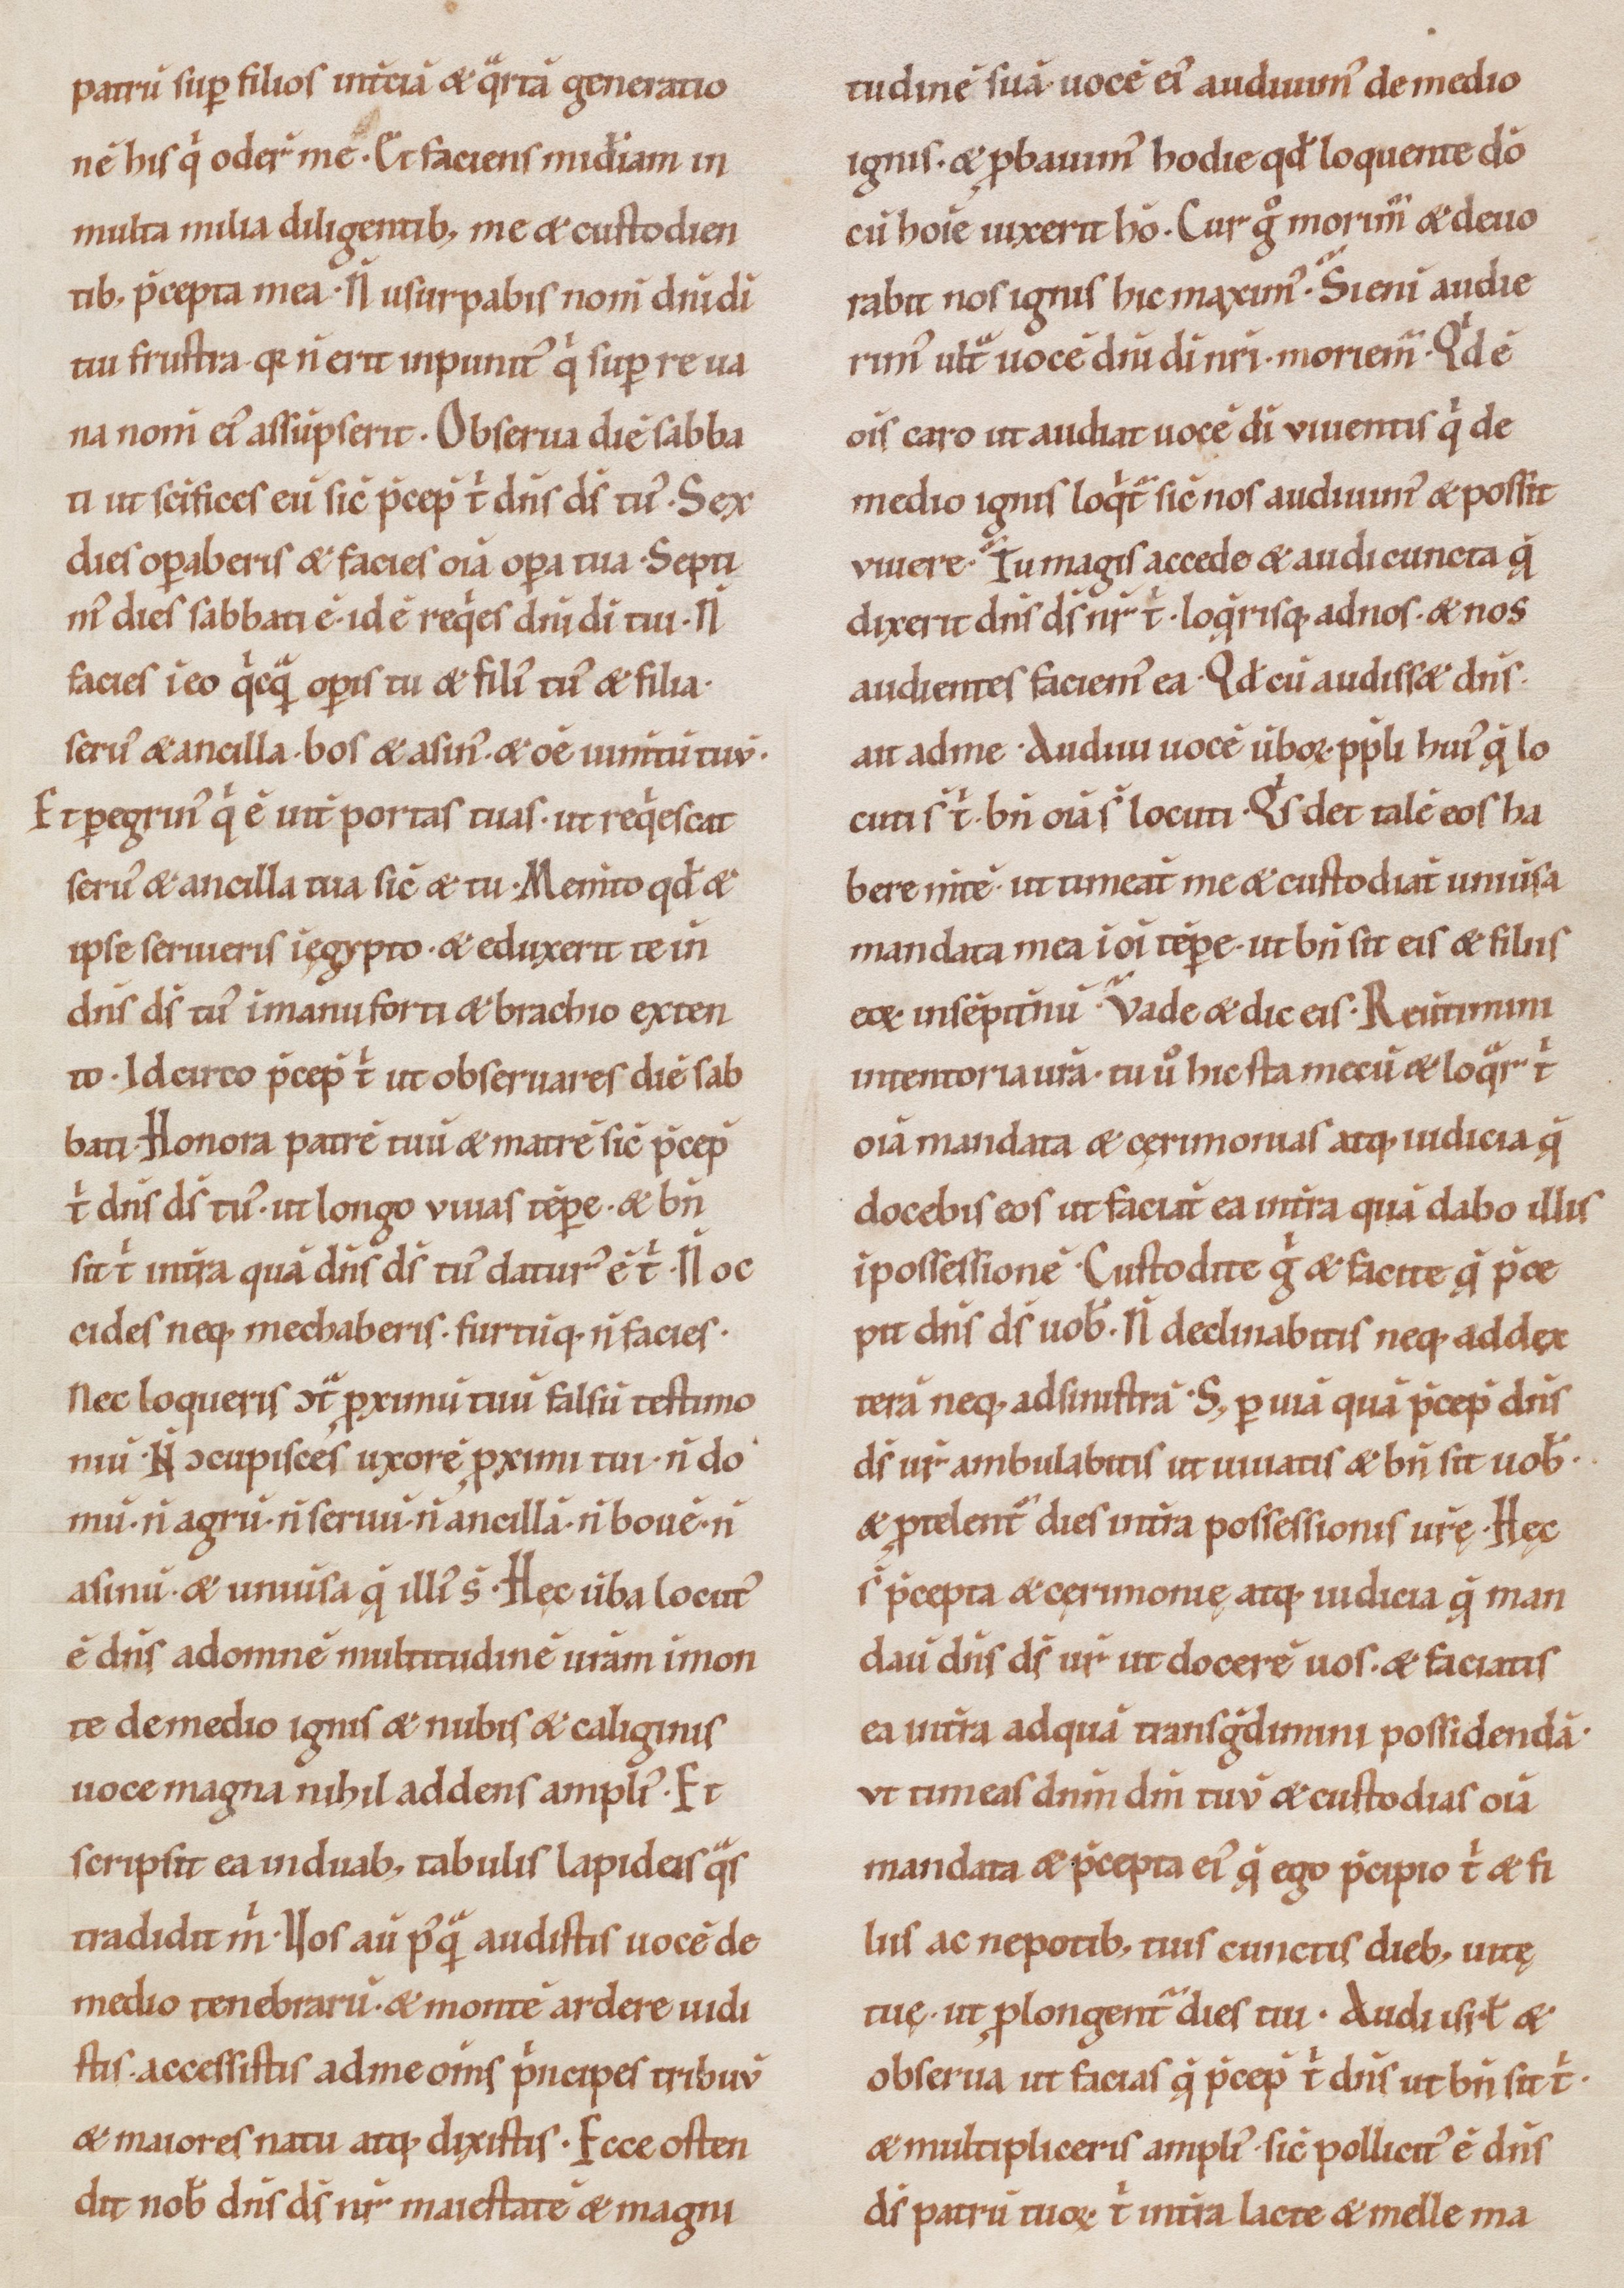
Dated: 1100–1199